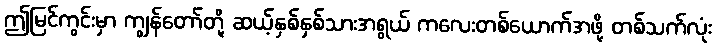
ဤမြင်ကွင်းမှာ ကျွန်တော်တို့ ဆယ့်နှစ်နှစ်သားအရွယ် ကလေးတစ်ယောက်အဖို့ တစ်သက်လုံး